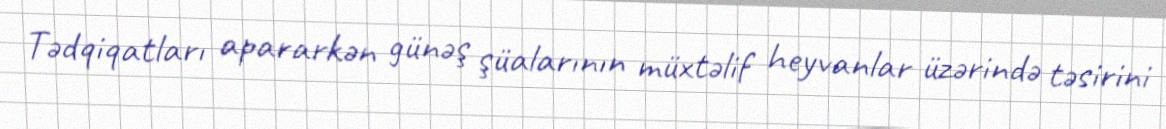
Tədqiqatları apararkən günəş şüalarının müxtəlif heyvanlar üzərində təsirini